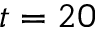
t = 2 0